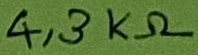
Text: 4,3KΩ